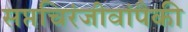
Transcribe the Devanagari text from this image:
सप्तचिरंजीवांपैकी